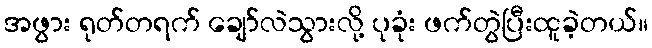
အဖွား ရုတ်တရက် ချော်လဲသွားလို့ ပုခုံး ဖက်တွဲပြီးထူခဲ့တယ်။